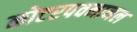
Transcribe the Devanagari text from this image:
कोटरपवनानल